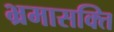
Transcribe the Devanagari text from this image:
भ्रमासक्‍ति